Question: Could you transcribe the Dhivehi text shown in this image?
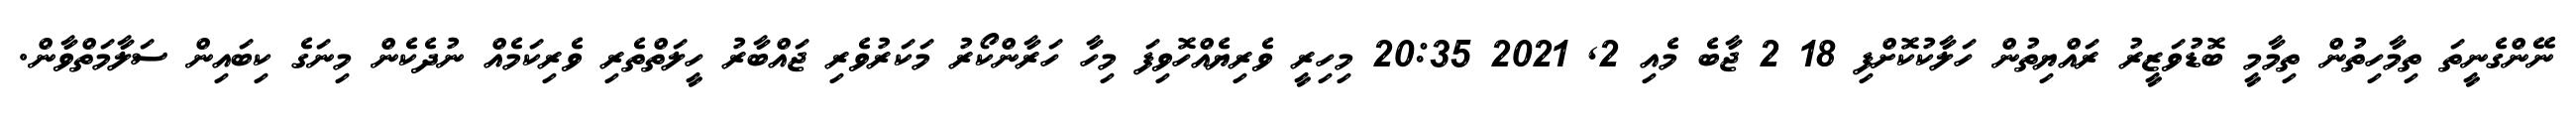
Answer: ނޭންގެނީތަ ތިމާހިތުން ތިމާމީ ބޮޑުވަޒީރު ރައްޔިތުން ހަލާކުކޮށްފި 18 2 ޖާބެ މެއި 2, 2021 20:35 މިހިރީ ވެރިޔެއްހޮވިފަ މިހާ ހަރާންކޯރު މަކަރުވެރި ޖައްބާރު ހީލަތްތެރި ވެރިކަމެއް ނުދެކެން މިނަގެ ކިބައިން ސަލާމަތްވާން.